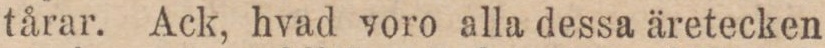
tårar. Ack, hvad voro alla dessa äretecken